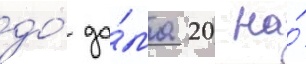
до́ до́ма 20 на́